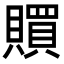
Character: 𧸏